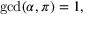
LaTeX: \operatorname* { g c d } ( \alpha , \pi ) = 1 ,